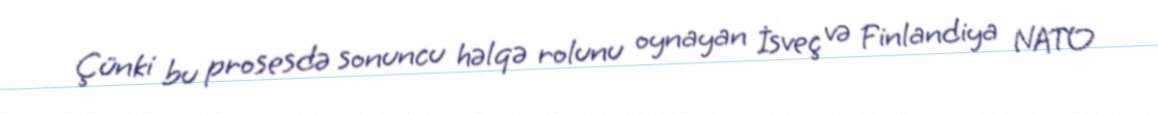
Çünki bu prosesdə sonuncu həlqə rolunu oynayan İsveç və Finlandiya NATO